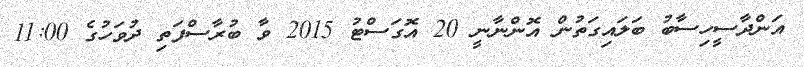
އަންދާސީހިސާބު ބަލައިގަތުން އޮންނާނީ 20 އޮގަސްޓު 2015 ވާ ބުރާސްފަތި ދުވަހުގެ 11:00